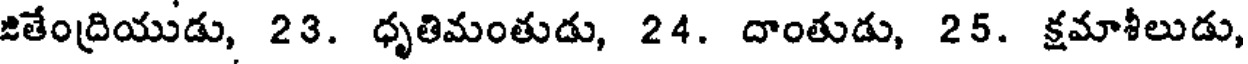
జితేంద్రియుడు, 23. ధృతిమంతుడు, 24. దాంతుడు, 25. క్షమాశీలుడు,